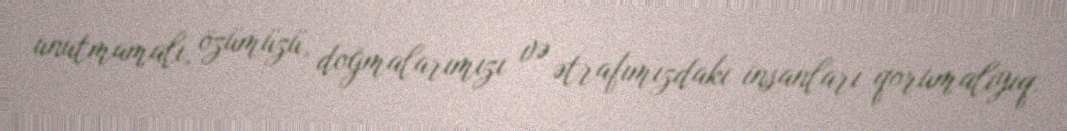
unutmamalı, özümüzü, doğmalarımızı və ətrafımızdakı insanları qorumalıyıq.